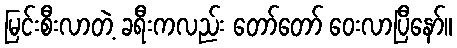
မြင်းစီးလာတဲ့ ခရီးကလည်း တော်တော် ဝေးလာပြီနော်။